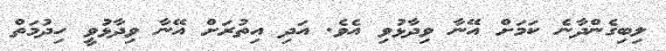
ލިބިގެންދާނެ ކަމަށް އޭނާ ވިދާޅުވި އެވެ. އަދި އިތުރަށް އޭނާ ވިދާޅުވީ ހިދުމަތް